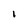
Character: l